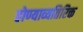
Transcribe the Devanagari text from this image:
होण्याव्यतिरिक्त